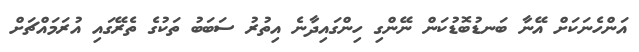
އަންހެނަކަށް އޭނާ ބަނޑުބޮޑުކަން ނޭންގި ހިންގައިދާނެ އިތުރު ސަބަބު ތަކުގެ ތެރޭގައި އުރަމައްޗަށް